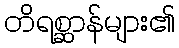
တိရစ္ဆာန်များ၏